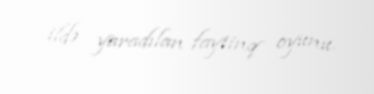
ildə yaradılan faytinq oyunu.